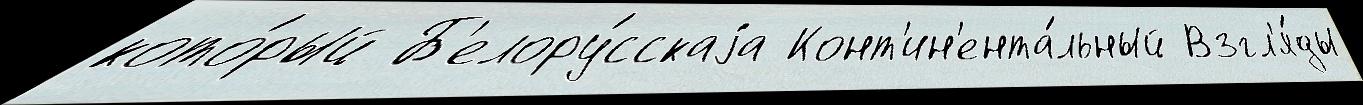
кото́рый Б'елору́сскаjа Конт'ин'ента́льный Взгл'я́ды